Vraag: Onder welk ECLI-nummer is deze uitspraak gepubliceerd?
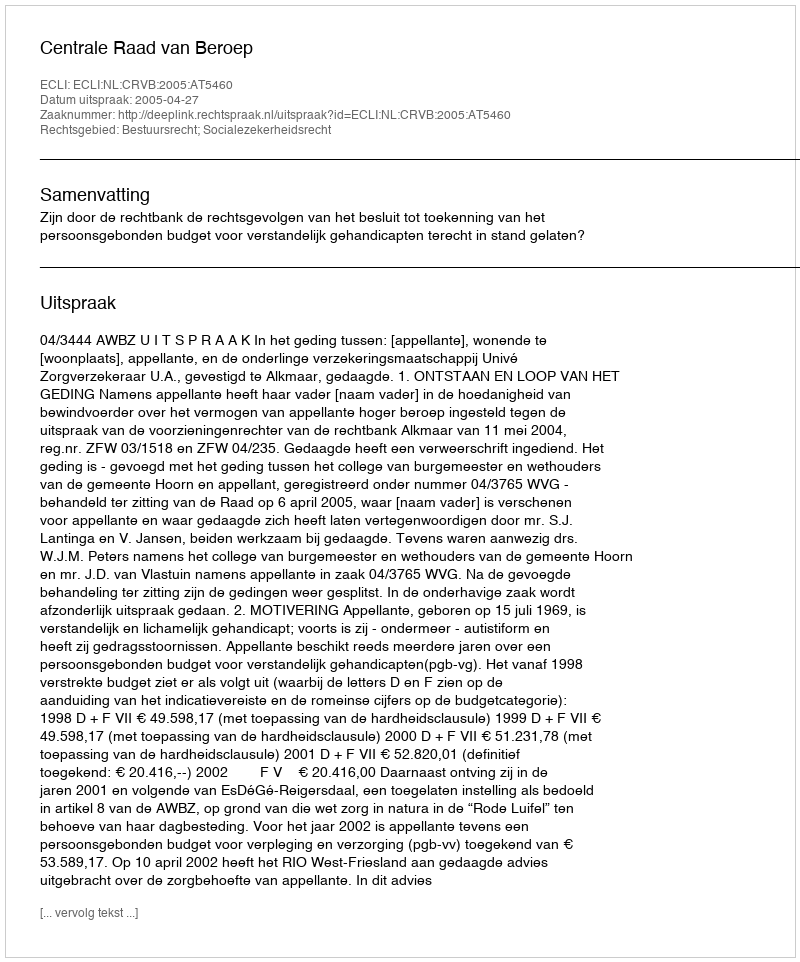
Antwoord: ECLI:NL:CRVB:2005:AT5460